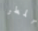
المطر